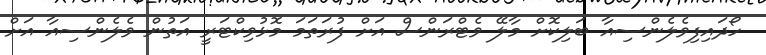
ހޯދައިފިވެލެންސިއާ ބަލިކޮށް މާލޭ ވެޓްރަންސް އަށް ފުރަތަމަ މޮޅުވިކްޓަރީ އަތުން ވެލެންސިއާ އަށް